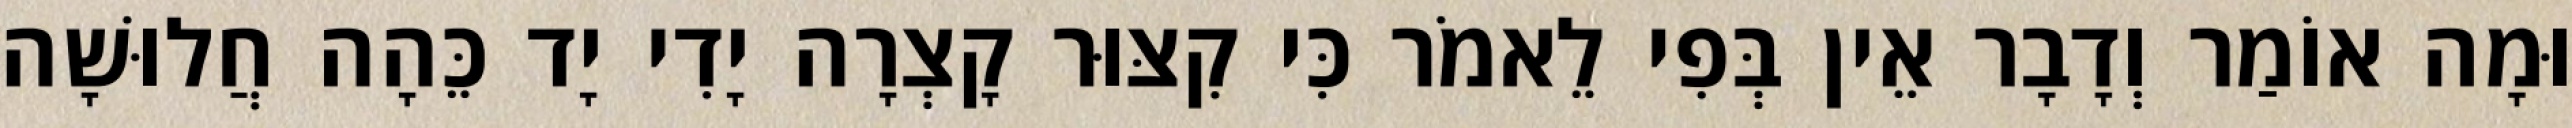
וּמָה אוֹמַר וְדָבָר אֵין בְּפִי לֵאמֹר כִּי קִצּוּר קָצְרָה יָדִי יָד כֵּהָה חֲלוּשָׁה